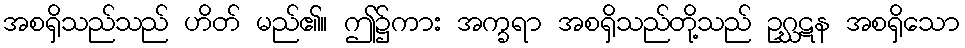
အစရှိသည်သည် ဟိတ် မည်၏။ ဤ၌ကား အက္ခရာ အစရှိသည်တို့သည် ဥဂ္ဃဋန အစရှိသော